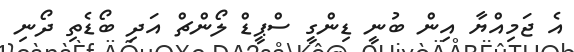
އެ ޖަމިއްޔާ އިން ބުނީ ޑިންގީ ސްޕީޑް ލޯންޗް އަދި ބޯޑެތި ދޯނި